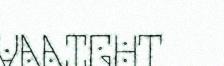
VAAIGUT